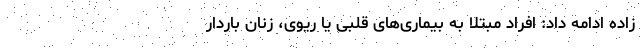
زاده ادامه داد: افراد مبتلا به بیماری‌های قلبی یا ریوی، زنان باردار